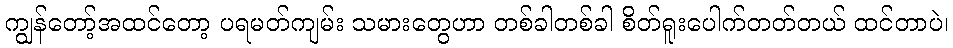
ကျွန်တော့်အထင်တော့ ပရမတ်ကျမ်း သမားတွေဟာ တစ်ခါတစ်ခါ စိတ်ရူးပေါက်တတ်တယ် ထင်တာပဲ၊